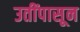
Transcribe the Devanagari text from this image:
उतींपासून